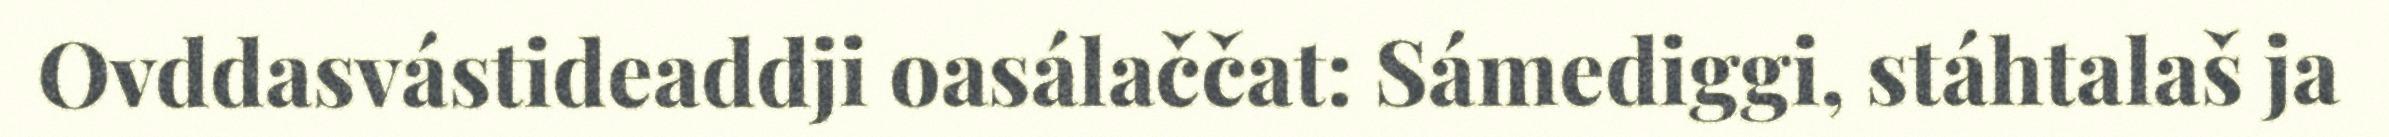
Ovddasvástideaddji oasálaččat: Sámediggi, stáhtalaš ja